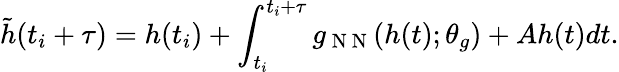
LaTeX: \tilde{h}(t_{i}+\tau)=h(t_{i})+\int_{t_{i}}^{t_{i}+\tau}g_{\mathrm{~N~N~}}(h(t);\theta_{g})+Ah(t)dt.